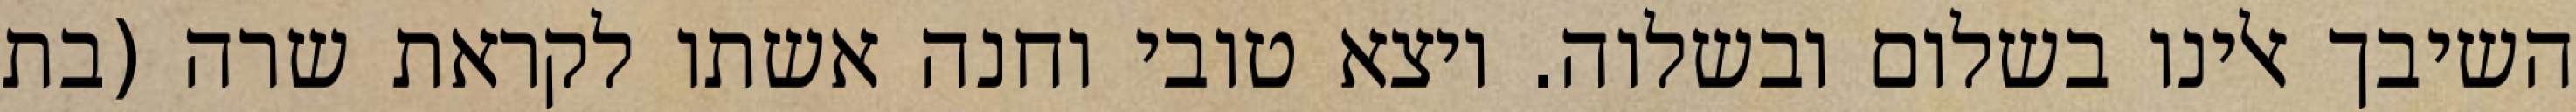
השיבך אלינו בשלום ובשלוה. ויצא טובי וחנה אשתו לקראת שרה (בת